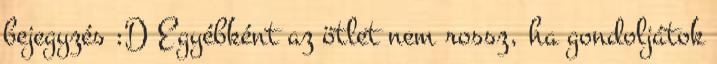
bejegyzés :D Egyébként az ötlet nem rossz, ha gondoljátok